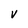
Character: v